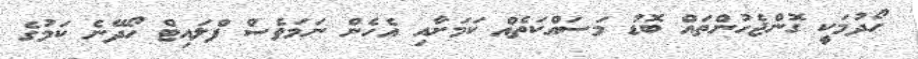
ހޯދުމަކީ ގޮންޖެހުންތައް ބޮޑު މަސައްކަތެއް ކަމަށާއި އެހެން ނަމަވެސް ފްލައިޓް ހޯދޭނެ ކަމުގެ